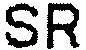
SR